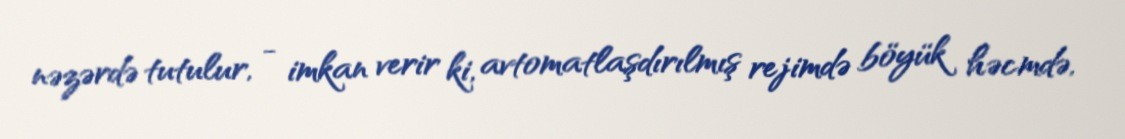
nəzərdə tutulur, - imkan verir ki, avtomatlaşdırılmış rejimdə böyük həcmdə,